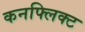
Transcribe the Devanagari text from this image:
कनफ्लिक्ट